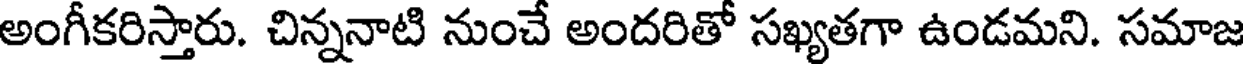
అంగీకరిస్తారు. చిన్ననాటి నుంచే అందరితో సఖ్యతగా ఉండమని. సమాజ